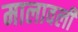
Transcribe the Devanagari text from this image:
मालावली